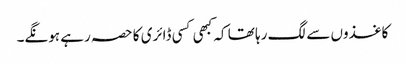
کاغذوں سے لگ رہا تھا کہ کبھی کسی ڈائری کا حصہ رہے ہونگے۔